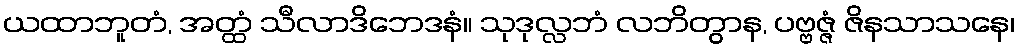
ယထာဘူတံ, အတ္ထံ သီလာဒိဘေဒနံ။ သုဒုလ္လဘံ လဘိတွာန, ပဗ္ဗဇ္ဇံ ဇိနသာသနေ၊